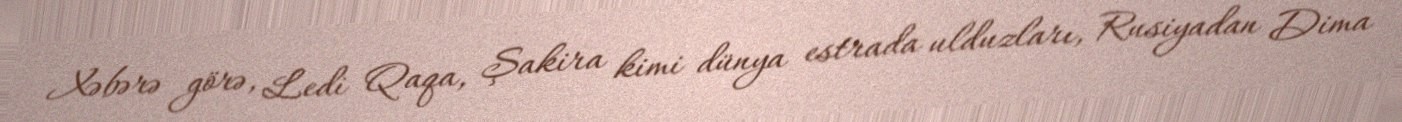
Xəbərə görə, Ledi Qaqa, Şakira kimi dünya estrada ulduzları, Rusiyadan Dima